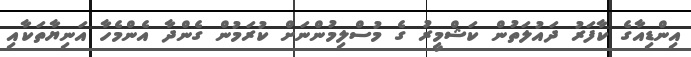
އިންޑިއާގެ ކާފަރު ދައުލަތުން ކަޝްމީރު ގެ މުސްލިމުންނަށް ކުރަމުން ގެންދާ އެންމެހާ އަނިޔާތަކާއި